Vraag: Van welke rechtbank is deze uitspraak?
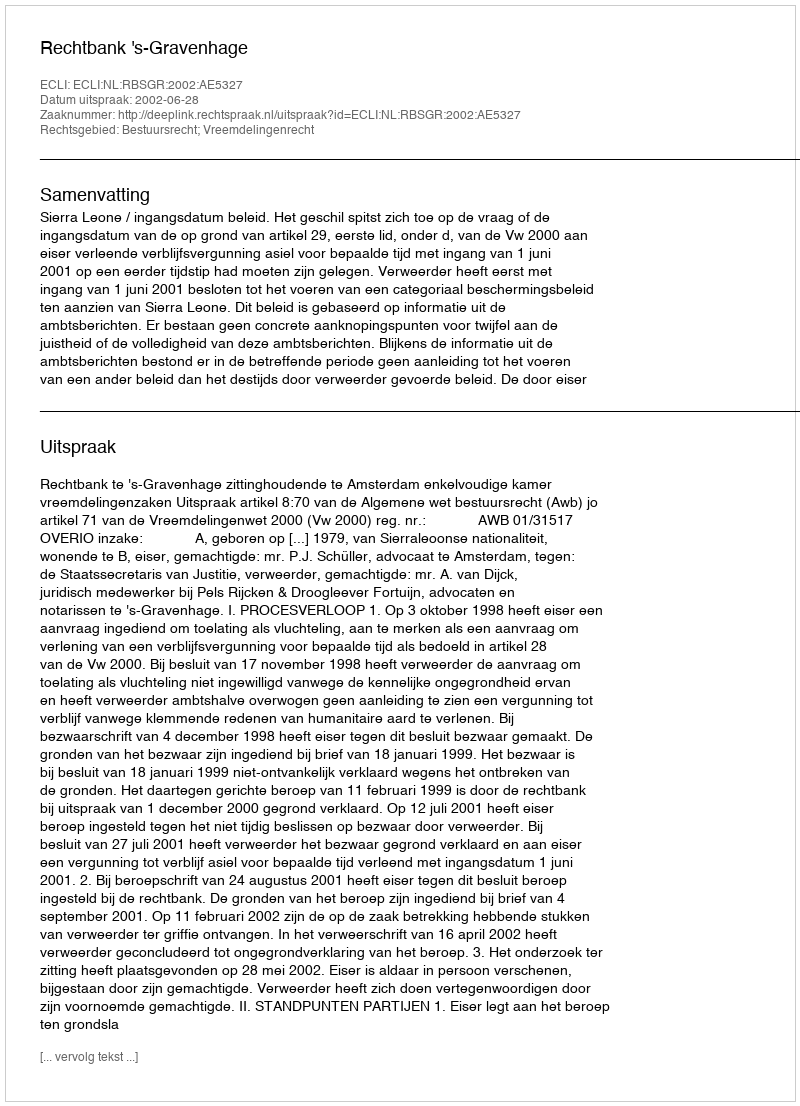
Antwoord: Rechtbank 's-Gravenhage